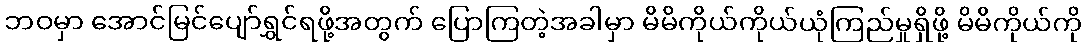
ဘဝမှာ အောင်မြင်ပျော်ရွှင်ရဖို့အတွက် ပြောကြတဲ့အခါမှာ မိမိကိုယ်ကိုယ်ယုံကြည်မှုရှိဖို့ မိမိကိုယ်ကို